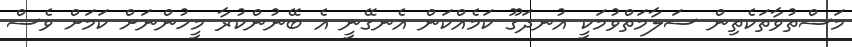
މަސްތުވާތަކެތިން ސަލާމަތްވުމަކީ އުނދަގޫ ކަމެއްކަން އެނގޭނީ އެ ބޭނުންކުރާ މީހުންނަށް ކަމަށް ވެސް